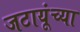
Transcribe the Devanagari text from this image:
जटायूंच्या